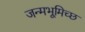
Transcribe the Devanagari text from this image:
जन्मभूमिच्छ